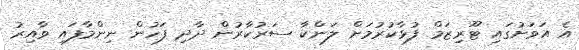
އެ އަވަށުގައި ޓޫރިޒަމް ފުޅާކުރުމަށް ލަންކާ ސަރުކާރުން ދާދި ފަހުން ނިންމާފައި ވާއިރު